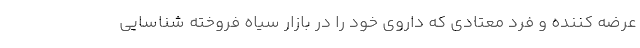
عرضه کننده و فرد معتادی که داروی خود را در بازار سیاه فروخته شناسایی